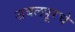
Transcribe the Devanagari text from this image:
जबलपूरचे